Annual vaccination report of Bihar and Orissa - 1911-1928
Year: 1911
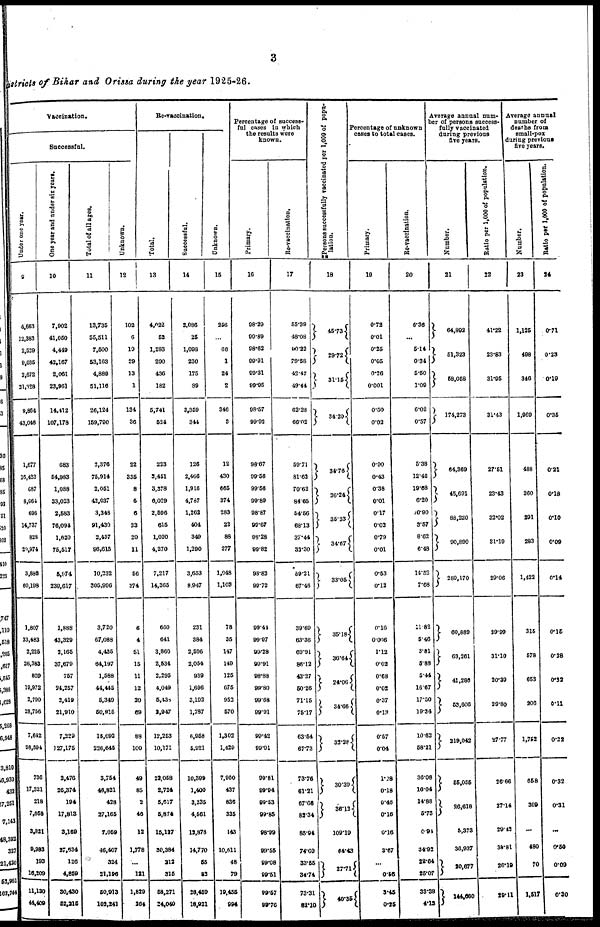
3
districts of Bihar and Orissa during the year 1925-26.
Vaccination.
Successful.
Under one year.
9
4,663
12,383
2,539
9,035
2,678
31,128
9,864
43,046
1,677
16,433
687
8,061
696
14,737
828
20,974
3,888
60,198
1,807
33,483
2,226
26,383
820
10,972
2,790
28,756
7,642
98,594
736
17,321
218
7,058
3,821
9,983
193
16,209
11,130
44,409
One year and under six years.
10
7,902
41,050
4,449
42,167
2,061
23,961
14,412
107,178
688
54,983
1,088
33,023
2,583
76,094
1,620
75,517
5,874
239,617
1,888
43,329
2,165
37,679
757
94,267
2,419
21,910
7,229
127,175
2,476
26,374
194
17,813
3,169
27,634
126
4,859
30,430
52,215
Total of all ages.
11
13,735
55,511
7,500
53,163
4,889
51,116
26,124
159,790
2,370
75,914
2,061
42,037
3,348
91,430
2,457
96,615
10,232
305,996
3,720
67,088
4,435
64,197
1,588
44,445
5,340
50,915
16,092
236,645
3,754
46,821
428
27,165
7,059
46,407
324
21,196
50,913
102,241
Unknown.
12
102
6
10
29
13
1
134
36
22
335
8
5
6
23
20
11
56
374
6
4
51
15
11
12
20
69
88
100
49
85
2
46
12
1,778
...
121
1,829
264
Re-vaccination.
Total.
13
4,022
52
1,283
290
436
182
5,741
524
223
3,451
3,378
6,029
2,596
615
1,020
4,270
7,217
14,365
660
641
3,860
2,534
2,295
4,049
5,438
2,947
12,253
10,171
22,058
2,724
5,617
5,874
15,127
30,384
212
315
58,271
24,040
Successful.
14
2,086
25
1,098
230
175
89
3,359
344
126
2,466
1,916
4,767
1,262
404
349
1,290
3,653
8,947
231
384
2,596
2,054
939
1,696
3,192
1,787
6,958
5,921
10,399
1,400
3,235
4,561
13,878
14,770
55
83
28,459
18,921
Unknown.
15
256
...
66
1
24
2
346
3
12
430
665
374
283
22
88
277
1,048
1,103
78
35
147
149
125
675
952
570
1,302
1,429
7,960
437
836
335
143
10,611
48
79
19,455
994
Percentage of success-
ful cases in which
the results were
known.
Primary.
16
98.29
90.89
98.62
99.91
99.31
99.95
98.57
99.92
98.67
99.56
99.66
99.89
98.87
99.67
98.28
99.82
98.82
99.72
99.41
99.97
99.28
99.91
98.88
99.80
99.68
99.91
99.42
99.91
99.81
99.94
99.53
99.85
98.99
99.65
99.08
99.51
99.57
99.76
Re-vaccination.
17
55.39
48.08
90.22
79.58
43.47
49.44
62.28
66.02
59.71
81.62
70.62
84.65
64.56
68.13
37.44
33.30
59.21
67.46
39.69
63.36
69.91
86.12
43.37
50.26
71.15
75.17
63.54
67.73
73.76
61.21
67.66
83.34
85.94
74.69
33.55
34.74
73.31
82.10
Persons successfully vaccinated per 1,000 of popu-
lation.
18
45.73
29.72
31.15
34.20
34.76
26.24
36.23
34.67
33.05
35.18
36.64
24.06
34.06
32.28
30.39
36.13
109.19
64.43
27.71
40.35
Percentage of unknown
cases to total cases.
Primary.
19
0.72
0.01
0.25
0.05
0.26
0.001
0.50
0.02
0.90
0.43
0.38
0.01
0.17
0.02
0.79
0.01
0.53
0.12
0.16
0.006
1.12
0.02
0.68
0.02
0.37
0.13
0.57
0.04
1.28
0.18
0.46
0.16
0.16
3.67
...
0.56
3.45
0.25
Re-vaccination.
20
6.36
...
5.14
0.34
5.50
1.09
6.02
0.57
5.38
12.46
19.68
6.20
10.90
3.57
8.62
6.48
14.52
7.68
11.82
5.46
3.81
5.88
5.44
16.67
17.50
19.34
10.63
58.21
36.08
16.04
14.88
5.73
0.94
34.92
22.64
25.07
33.38
4.13
Average annual num-
ber of persona success-
fully vaccinated
during previous
five years.
Number.
21
64,892
51,323
58,058
174,273
64,369
45,691
88,220
90,890
280,170
60,889
63,261
41,286
53,606
219,042
55,055
26,618
5,373
36,937
20,677
144,080
Ratio per 1,000 of population.
22
41.22
23.83
31.95
31.43
27.51
23.43
32.02
31.19
29.06
39.99
31.10
20.39
39.80
27.77
26.66
27.14
29.12
38.81
26.19
29.11
average annual
number of
deaths from
small-pox
during previous
five years.
Number.
23
1,125
498
346
1,969
488
360
291
283
1,422
315
678
653
206
1,752
658
309
...
480
70
1,517
Ratio per 1,000 of population.
24
0.71
0.23
0.19
0.35
0.21
0.18
0.10
0.09
0.14
0.15
0.28
0.32
0.11
0.22
0.32
0.31
...
0.50
0.09
0.30